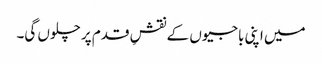
میں اپنی باجیوں کے نقشِ قدم پر چلوں گی۔